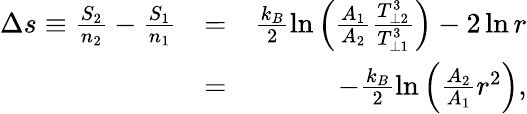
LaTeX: \begin{array}{rlr}{\Delta s\equiv\frac{S_{2}}{n_{2}}-\frac{S_{1}}{n_{1}}}&{=}&{\frac{k_{B}}{2}\ln\left(\frac{A_{1}}{A_{2}}\frac{T_{\perp 2}^{3}}{T_{\perp 1}^{3}}\right)-2\ln r}\\ &{=}&{-\frac{k_{B}}{2}\ln\left(\frac{A_{2}}{A_{1}}r^{2}\right),}\end{array}